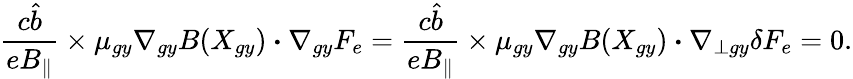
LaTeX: \frac{c\hat{b}}{eB_{\parallel}}\times\mu_{gy}\nabla_{gy}B(X_{gy})\boldsymbol{\cdot}\nabla_{gy}F_{e}=\frac{c\hat{b}}{eB_{\parallel}}\times\mu_{gy}\nabla_{gy}B(X_{gy})\boldsymbol{\cdot}\nabla_{\perp gy}\delta F_{e}=0.